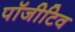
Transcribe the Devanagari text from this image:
पॉजीटिव